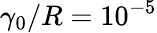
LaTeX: \gamma_{0}/R=10^{-5}